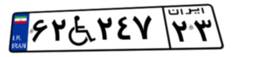
۲۹W۶۳۸۹۷